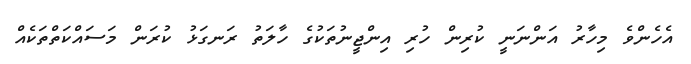
އެހެންވެ މިހާރު އަންނަނީ ކުރިން ހުރި އިންޖީނުތަކުގެ ހާލަތު ރަނގަޅު ކުރަން މަސައްކަތްތަކެއް